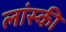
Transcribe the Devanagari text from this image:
लांस्की